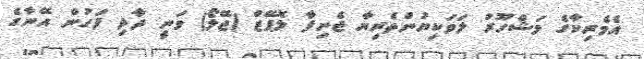
އެމެރިކާގެ މަޝްހޫރު ލަވަކިޔުންތެރިޔާ ޖެނިފާ ލޮޕޭޒް (ޖޭލޯ) ވަނީ ދާދި ފަހުން އޭނާގެ